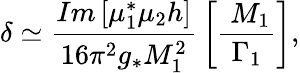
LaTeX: \delta\simeq{\frac{{Im\left[\mu_{1}^{*}\mu_{2}h\right]}}{{16\pi^{2}g_{*}M_{1}^{2}}}}\left[{\frac{{\ M_{1}}}{\Gamma_{1}}}\right],